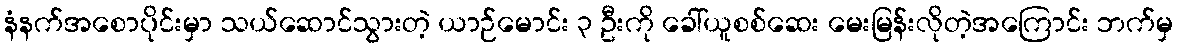
နံနက်အစောပိုင်းမှာ သယ်ဆောင်သွားတဲ့ ယာဉ်မောင်း ၃ ဦးကို ခေါ်ယူစစ်ဆေး မေးမြန်းလိုတဲ့အကြောင်း ဘက်မှ